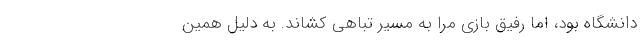
دانشگاه بود، اما رفیق بازی مرا به مسیر تباهی کشاند. به دلیل همین